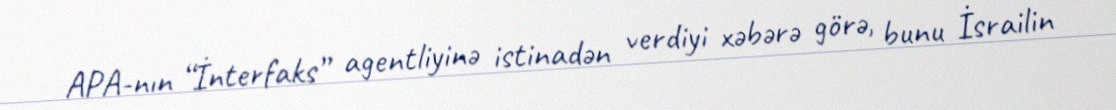
APA-nın “İnterfaks” agentliyinə istinadən verdiyi xəbərə görə, bunu İsrailin